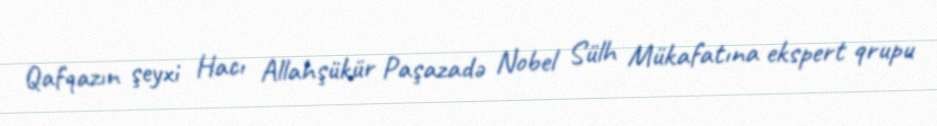
Qafqazın şeyxi Hacı Allahşükür Paşazadə Nobel Sülh Mükafatına ekspert qrupu